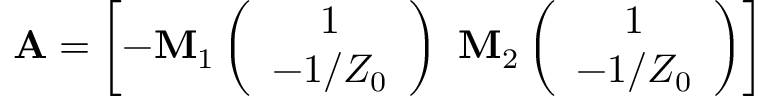
\mathbf A = \left[ - \mathbf M _ { 1 } \left( \begin{array} { c } { 1 } \\ { - 1 / Z _ { 0 } } \end{array} \right) \, \, \mathbf M _ { 2 } \left( \begin{array} { c } { 1 } \\ { - 1 / Z _ { 0 } } \end{array} \right) \right]